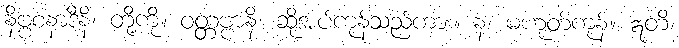
နိဗ္ဗစနာဒီနိ၊ တို့ကို။ ဝတ္တဗ္ဗာနိ၊ ဆိုအပ်ကုန်သည်ကား။ န၊ မဟုတ်ကုန်။ ဣတိ၊